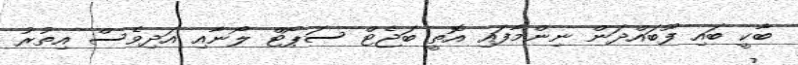
ބާކީ ބައި ފޫބައްދަން ނިންމާފައި އޮތީ ބަޖެޓް ސަޕޯޓް ލޯނާއި އަދިވެސް އިތުރު